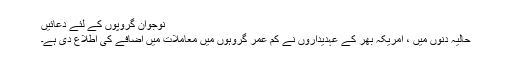
نوجوان گروپوں کے لئے دعائیں
حالیہ دنوں میں ، امریکہ بھر کے عہدیداروں نے کم عمر گروہوں میں معاملات میں اضافے کی اطلاع دی ہے۔